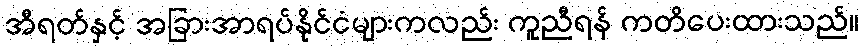
အီရတ်နှင့် အခြားအာရပ်နိုင်ငံများကလည်း ကူညီရန် ကတိပေးထားသည်။